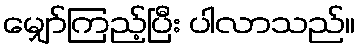
မျှော်ကြည့်ပြီး ပါလာသည်။